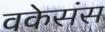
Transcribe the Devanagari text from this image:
वकेसंस